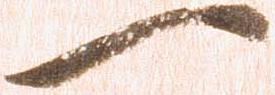
一